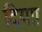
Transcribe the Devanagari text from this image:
दियाा